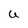
Character: U